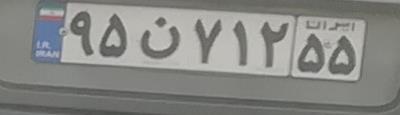
۹۵ن۷۱۲۵۵